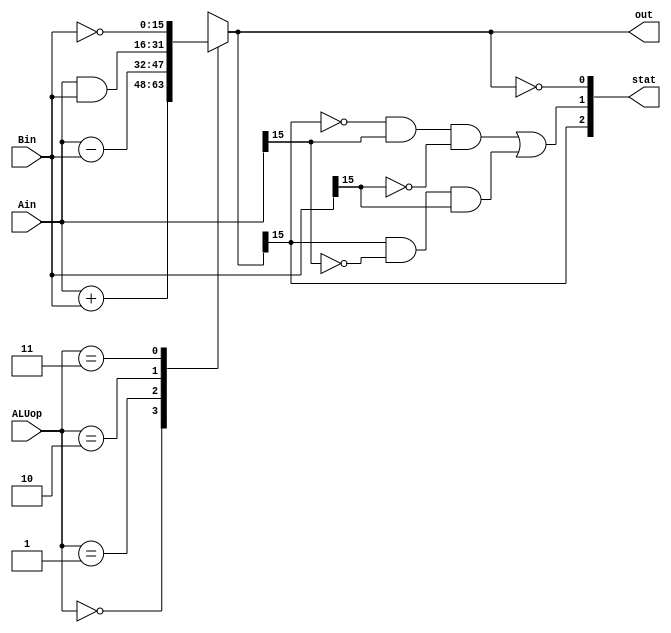
module ALU(Ain, Bin, ALUop, out, stat);
    input [15:0] Ain, Bin;
    input [1:0] ALUop;
    output reg [15:0] out;
    output [2:0] stat;

    always@(*)begin
        case(ALUop)
            2'b00 : out = Ain + Bin;
            2'b01 : out = Ain - Bin;
            2'b10 : out = Ain & Bin;
            2'b11 : out = ~Bin;
        endcase
    end

    //stat assignment
    assign stat[0] = (out == 16'd0);                                                            //Z - checks if answer is 0
    assign stat[1] = (~out[15] && Ain[15] && ~Bin[15]) || (out[15] && ~Ain[15] && Bin[15]);     //V - overflow detection
    assign stat[2] = out[15];                                                                   //N - 2's complement status
endmodule